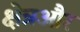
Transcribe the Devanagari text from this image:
क्षेत्रऔर